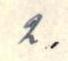
2.